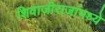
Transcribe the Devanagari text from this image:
शिवाजीराजांमध्ये